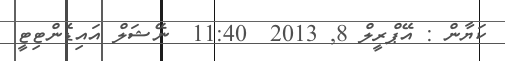
ކަޔާން : އޭޕްރީލް 8